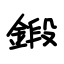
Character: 鍛